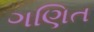
ગણિત